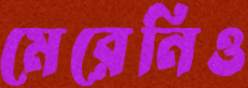
মেরেনিও